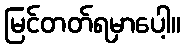
မြင်တတ်ရမှာပေါ့။